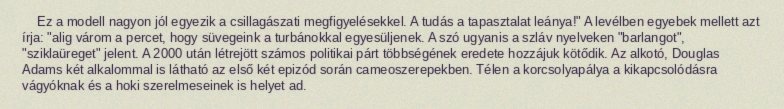
Ez a modell nagyon jól egyezik a csillagászati megfigyelésekkel. A tudás a tapasztalat leánya!" A levélben egyebek mellett azt írja: "alig várom a percet, hogy süvegeink a turbánokkal egyesüljenek. A szó ugyanis a szláv nyelveken "barlangot", "sziklaüreget" jelent. A 2000 után létrejött számos politikai párt többségének eredete hozzájuk kötődik. Az alkotó, Douglas Adams két alkalommal is látható az első két epizód során cameoszerepekben. Télen a korcsolyapálya a kikapcsolódásra vágyóknak és a hoki szerelmeseinek is helyet ad.